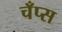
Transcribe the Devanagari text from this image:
चँप्स